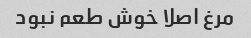
مرغ اصلا خوش طعم نبود